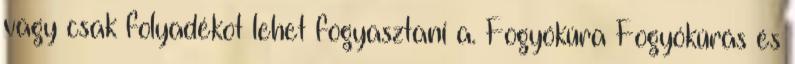
vagy csak folyadékot lehet fogyasztani a. Fogyókúra Fogyókúrás és